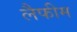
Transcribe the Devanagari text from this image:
लैफीम